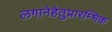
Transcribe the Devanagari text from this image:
लगानेहेतुप्रारम्भिक